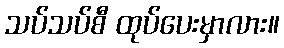
သပ်သပ်စီ ထုပ်ပေးမှာလား။